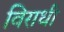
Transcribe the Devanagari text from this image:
विराधी